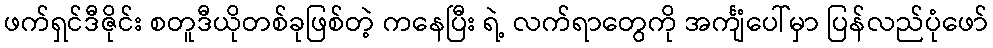
ဖက်ရှင်ဒီဇိုင်း စတူဒီယိုတစ်ခုဖြစ်တဲ့ ကနေပြီး ရဲ့ လက်ရာတွေကို အင်္ကျံပေါ်မှာ ပြန်လည်ပုံဖော်